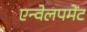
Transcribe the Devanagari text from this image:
एन्वेलपमेंट